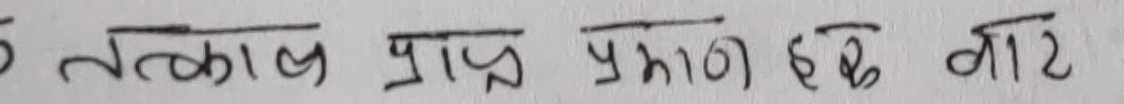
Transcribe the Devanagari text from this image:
5 तत्काल प्राप्त प्रमाण हेतु वाट